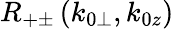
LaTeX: R_{+\pm}\left(k_{0\perp},k_{0z}\right)